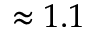
\approx 1 . 1